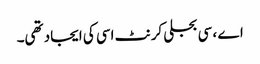
اے ، سی بجلی کرنٹ اسی کی ایجاد تھی۔